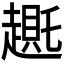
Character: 𬦛